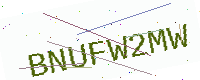
Text: BNUFW2MW